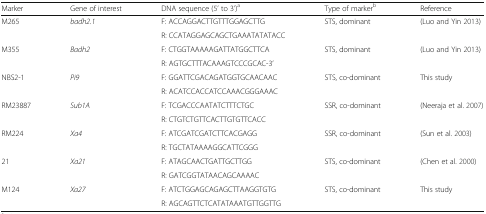
<table><thead><tr><td><b>Marker</b></td><td><b>Gene of interest</b></td><td><b>DNA sequence (5’ to 3’)<sup>a</sup></b></td><td><b>Type of marker<sup>b</sup></b></td><td><b>Reference</b></td></tr></thead><tbody><tr><td rowspan="2">M265</td><td rowspan="2"><i>badh2.1</i></td><td>F: ACCAGGACTTGTTTGGAGCTTG</td><td rowspan="2">STS, dominant</td><td rowspan="2">(Luo and Yin 2013)</td></tr><tr><td>R: CCATAGGAGCAGCTGAAATATATACC</td></tr><tr><td rowspan="2">M355</td><td rowspan="2"><i>Badh2</i></td><td>F: CTGGTAAAAAGATTATGGCTTCA</td><td rowspan="2">STS, dominant</td><td rowspan="2">(Luo and Yin 2013)</td></tr><tr><td>R: AGTGCTTTACAAAGTCCCGCAC-3’</td></tr><tr><td rowspan="2">NBS2-1</td><td rowspan="2"><i>Pi9</i></td><td>F: GGATTCGACAGATGGTGCAACAAC</td><td rowspan="2">STS, co-dominant</td><td rowspan="2">This study</td></tr><tr><td>R: ACATCCACCATCCAAACGGGAAAC</td></tr><tr><td rowspan="2">RM23887</td><td rowspan="2"><i>Sub1A</i></td><td>F: TCGACCCAATATCTTTCTGC</td><td rowspan="2">SSR, co-dominant</td><td rowspan="2">(Neeraja et al. 2007)</td></tr><tr><td>R: CTGTCTGTTCACTTGTGTTCACC</td></tr><tr><td rowspan="2">RM224</td><td rowspan="2"><i>Xa4</i></td><td>F: ATCGATCGATCTTCACGAGG</td><td rowspan="2">SSR, co-dominant</td><td rowspan="2">(Sun et al. 2003)</td></tr><tr><td>R: TGCTATAAAAGGCATTCGGG</td></tr><tr><td rowspan="2">21</td><td rowspan="2"><i>Xa21</i></td><td>F: ATAGCAACTGATTGCTTGG</td><td rowspan="2">STS, co-dominant</td><td rowspan="2">(Chen et al. 2000)</td></tr><tr><td>R: GATCGGTATAACAGCAAAAC</td></tr><tr><td rowspan="2">M124</td><td rowspan="2"><i>Xa27</i></td><td>F: ATCTGGAGCAGAGCTTAAGGTGTG</td><td rowspan="2">STS, co-dominant</td><td rowspan="2">This study</td></tr><tr><td>R: AGCAGTTCTCATATAAATGTTGGTTG</td></tr></tbody></table>